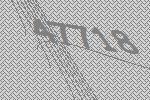
47718